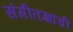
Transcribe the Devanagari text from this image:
संगीतज्ञांची